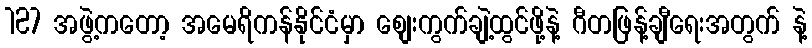
127 အဖွဲ့ကတော့ အမေရိကန်နိုင်ငံမှာ စျေးကွက်ချဲ့ထွင်ဖို့နဲ့ ဂီတဖြန့်ချီရေးအတွက် နဲ့